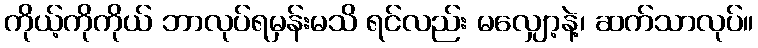
ကိုယ့်ကိုကိုယ် ဘာလုပ်ရမှန်းမသိ ရင်လည်း မလျှော့နဲ့၊ ဆက်သာလုပ်။